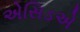
એસિડએ